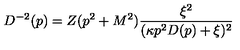
D ^ { - 2 } ( p ) = Z ( p ^ { 2 } + M ^ { 2 } ) \frac { \xi ^ { 2 } } { ( \kappa p ^ { 2 } D ( p ) + \xi ) ^ { 2 } }